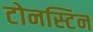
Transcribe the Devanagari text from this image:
टोनस्टिन